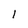
Character: 1